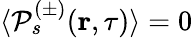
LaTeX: \langle\mathcal{P}_{s}^{(\pm)}(\textbf{r},\tau)\rangle=0